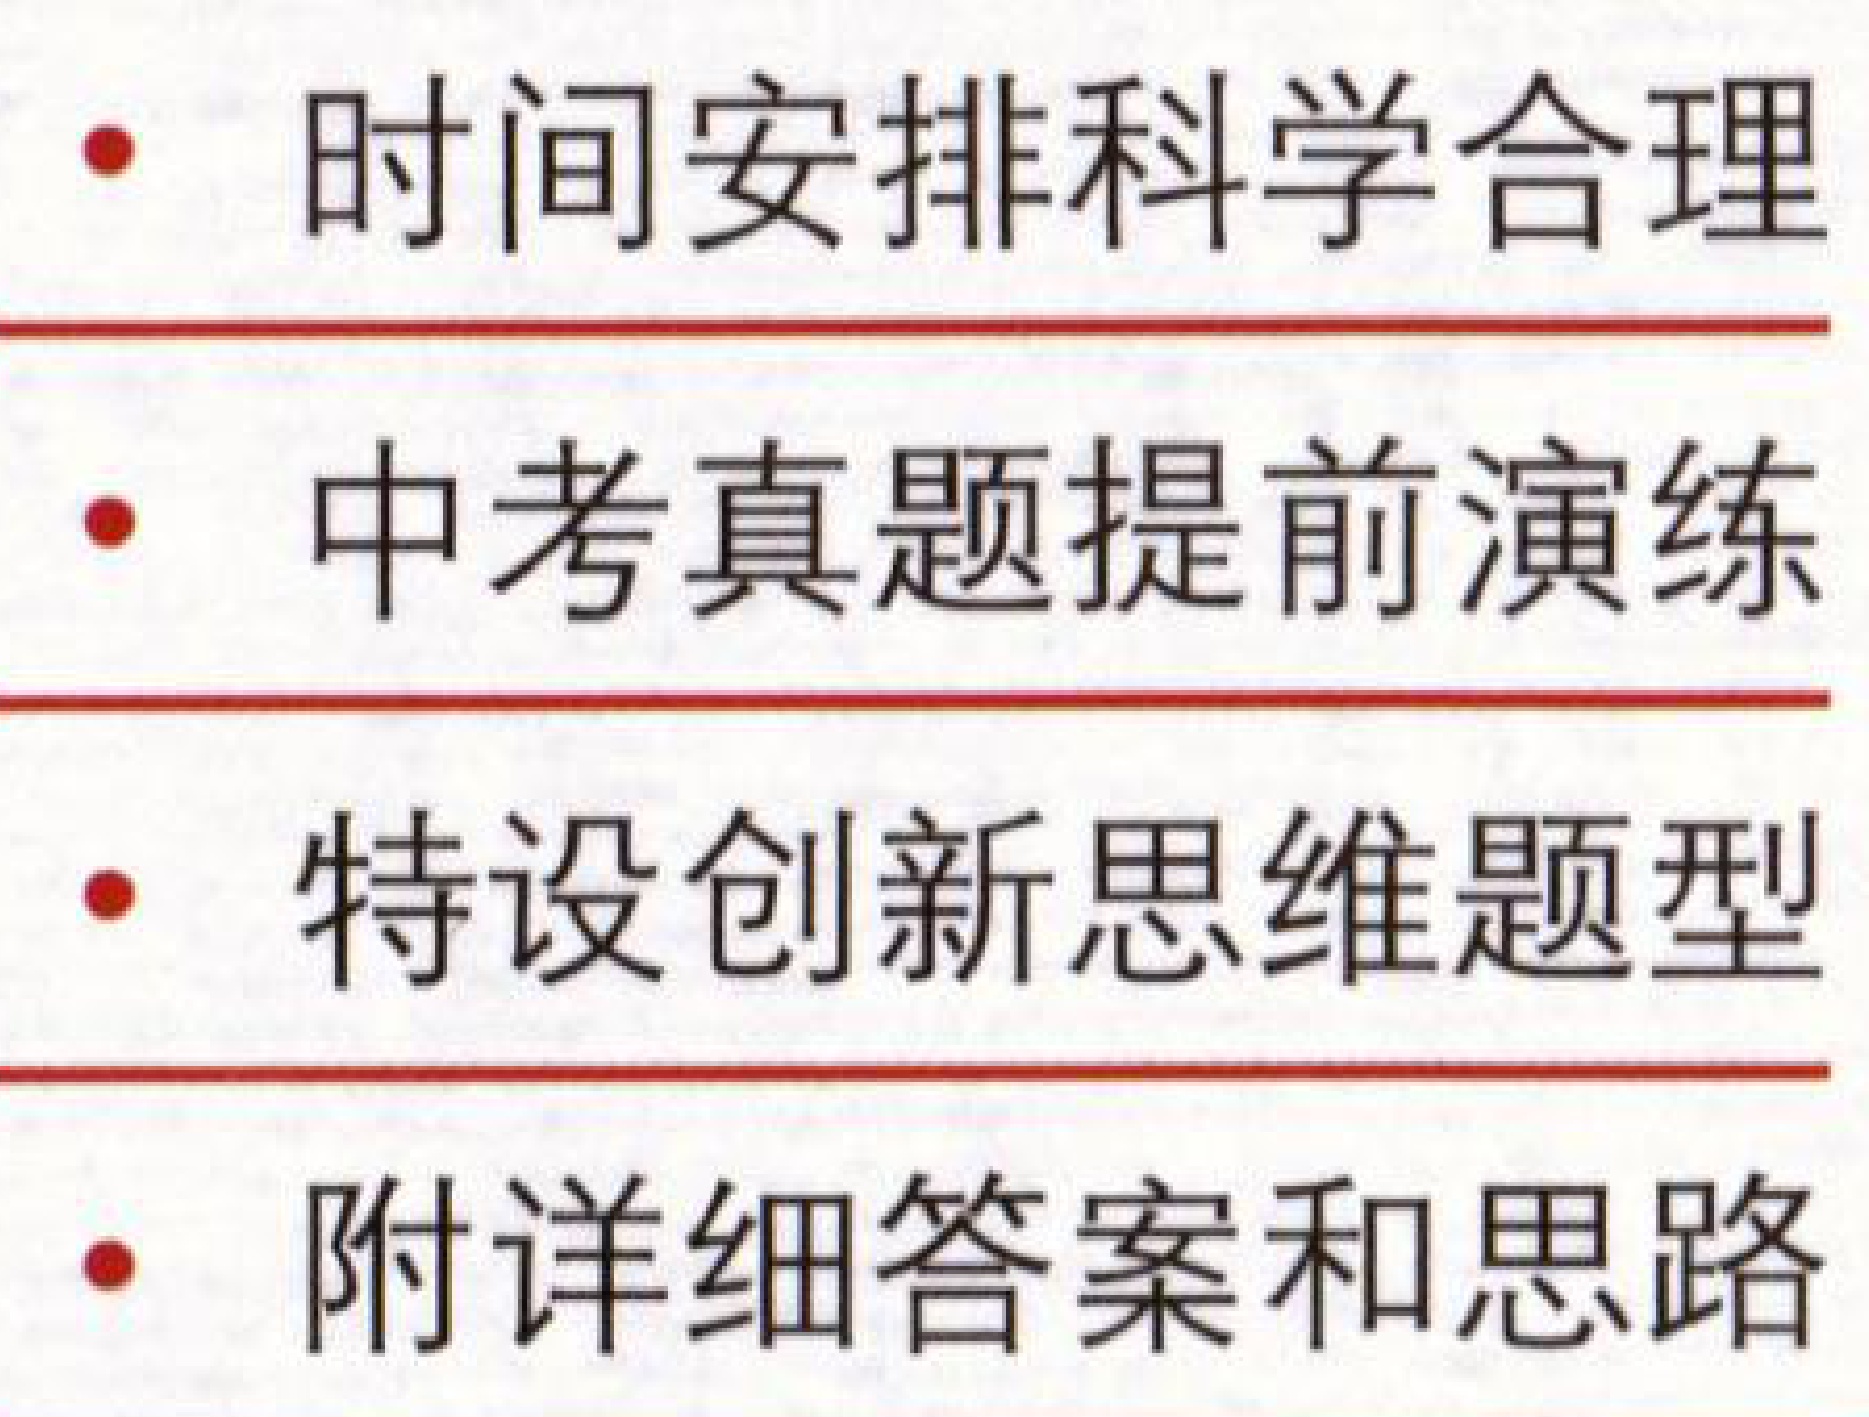
• 时间安排科学合理
• 中考真题提前演练
• 特设创新思维题型
• 附详细答案和思路